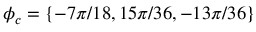
\phi _ { c } = \left\{ - 7 \pi / 1 8 , 1 5 \pi / 3 6 , - 1 3 \pi / 3 6 \right\}